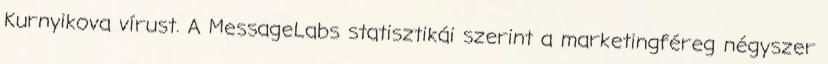
Kurnyikova vírust. A MessageLabs statisztikái szerint a marketingféreg négyszer